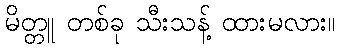
မိတ္တူ တစ်ခု သီးသန့် ထားမလား။